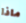
ماذا